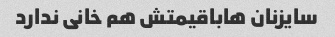
سایزنان هاباقیمتش هم خانی ندارد